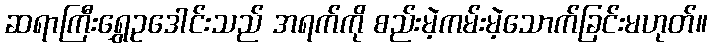
ဆရာကြီးရွှေဥဒေါင်းသည် အရက်ကို စည်းမဲ့ကမ်းမဲ့သောက်ခြင်းမဟုတ်။